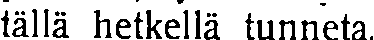
tällä hetkellä tunneta.